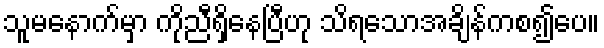
သူမနောက်မှာ ကိုညီရှိနေပြီဟု သိရသောအချိန်ကစ၍ပေ။